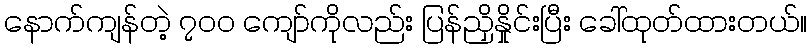
နောက်ကျန်တဲ့ ၇၀၀ ကျော်ကိုလည်း ပြန်ညှိနှိုင်းပြီး ခေါ်ထုတ်ထားတယ်။